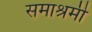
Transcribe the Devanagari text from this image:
समाश्रमी